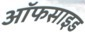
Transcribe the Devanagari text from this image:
ऑफसाइड